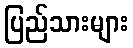
ပြည်သားများ